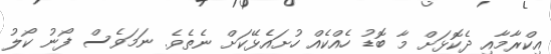
އިކްރާމާއި ދެކޮޅަށް މާ ބޮޑު ހެއްކެއް ހުށައެޅޭކަށް ނެތެވެ. ނަމަވެސް ފޯނު ކޯލު